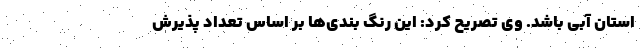
استان آبی باشد. وی تصریح کرد: این رنگ بندی‌ها بر اساس تعداد پذیرش